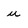
Character: u